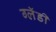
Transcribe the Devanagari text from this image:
ग्लॅडी